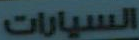
السيارات